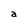
Character: a